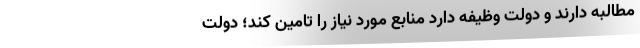
مطالبه دارند و دولت وظیفه دارد منابع مورد نیاز را تامین کند؛ دولت